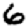
Digit: 6